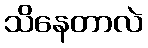
သိနေတာလဲ